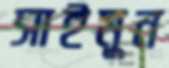
সাইমুন